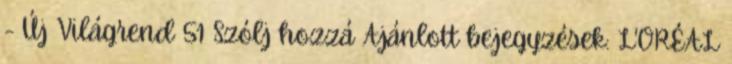
- Új Világrend 51 Szólj hozzá Ajánlott bejegyzések: L'ORÉAL